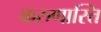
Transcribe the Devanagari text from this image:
करुणास्ति